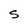
Character: s